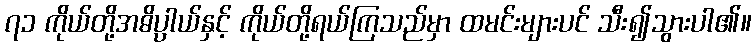
၇၁ ကိုယ်တို့အဓိပ္ပါယ်နှင့် ကိုယ်တို့ရယ်ကြသည်မှာ ထမင်းများပင် သီး၍သွားပါ၏။